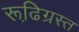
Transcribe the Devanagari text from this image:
रूढि़ग्रस्त